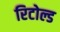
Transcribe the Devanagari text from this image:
रिटोल्ड